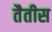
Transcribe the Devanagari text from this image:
तैतीस